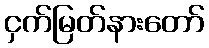
ငှက်မြတ်နားတော်